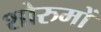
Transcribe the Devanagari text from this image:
शोरुमों